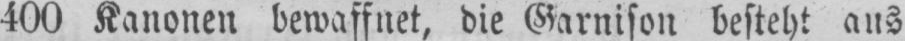
400 Kanonen bewaffnet, die Garnison besteht aus